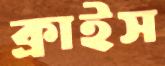
ক্রাইস